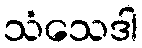
သံသေဒါ